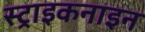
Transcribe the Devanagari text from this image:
स्ट्राइकनाइन